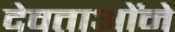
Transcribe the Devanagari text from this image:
देवताओंने